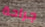
جراحة